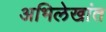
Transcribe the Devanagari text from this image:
अभिलेखांत